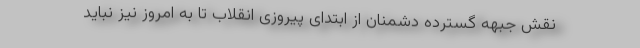
نقش جبهه گسترده دشمنان از ابتدای پیروزی انقلاب تا به امروز نیز نباید